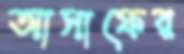
আসাফের